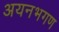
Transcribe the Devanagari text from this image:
अयनभगण